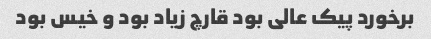
برخورد پیک عالی بود قارچ زیاد بود و خیس بود